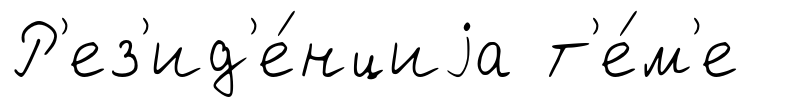
Р'ез'ид'е́нциjа т'е́м'е